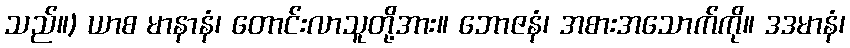
သည်။) ယာစ မာနာနံ၊ တောင်းလာသူတို့အား။ ဘောဇနံ၊ အစားအသောက်ကို။ ဒဒမာနံ၊